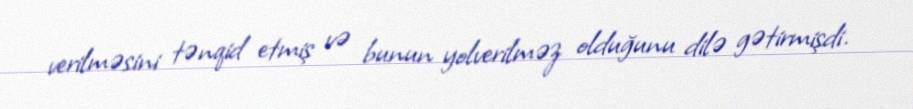
verilməsini tənqid etmiş və bunun yolverilməz olduğunu dilə gətirmişdi.